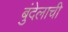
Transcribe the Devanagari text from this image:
बुंदेलाची